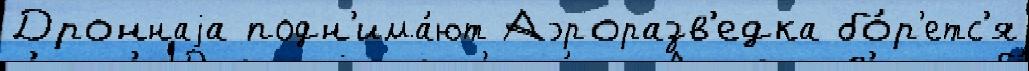
Дроннаjа подн'има́ют Аэроразв'едка бо́р'етс'я